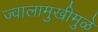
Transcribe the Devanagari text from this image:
ज्वालामुखीमुळे